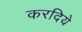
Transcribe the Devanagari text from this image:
करदिये